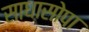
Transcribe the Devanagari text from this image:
साधासोपा